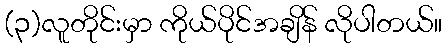
(၃)လူတိုင်းမှာ ကိုယ်ပိုင်အချိန် လိုပါတယ်။